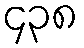
၄၃၈